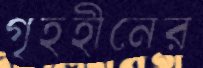
গৃহহীনের